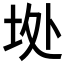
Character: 𱖘